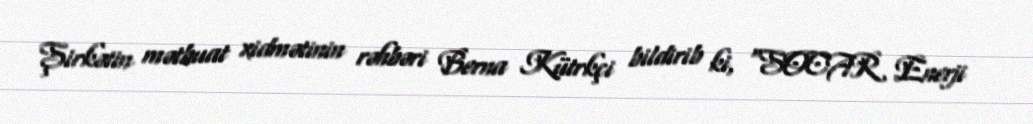
Şirkətin mətbuat xidmətinin rəhbəri Berna Kütrkçi bildirib ki, “SOCAR Enerji